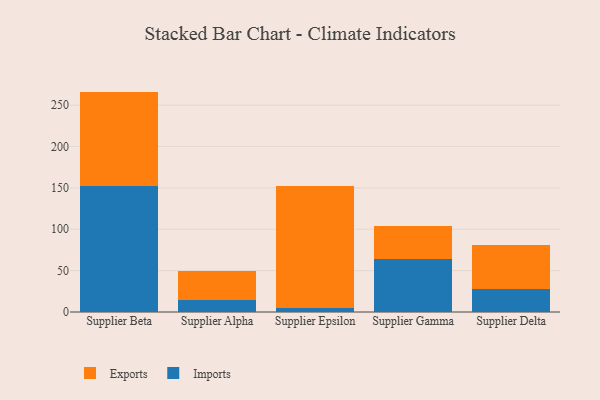
{"axis": {"x": "Supplier", "y": "Revenue (USD Million)"}, "legend": ["Exports", "Imports"], "data": [{"x": "Supplier Beta", "y": 152.7, "type": "Imports"}, {"x": "Supplier Beta", "y": 113.7, "type": "Exports"}, {"x": "Supplier Alpha", "y": 14.6, "type": "Imports"}, {"x": "Supplier Alpha", "y": 35.1, "type": "Exports"}, {"x": "Supplier Epsilon", "y": 5.3, "type": "Imports"}, {"x": "Supplier Epsilon", "y": 147.0, "type": "Exports"}, {"x": "Supplier Gamma", "y": 64.5, "type": "Imports"}, {"x": "Supplier Gamma", "y": 39.3, "type": "Exports"}, {"x": "Supplier Delta", "y": 28.0, "type": "Imports"}, {"x": "Supplier Delta", "y": 52.9, "type": "Exports"}]}